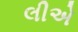
લીએ